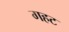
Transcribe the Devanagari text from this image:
गहट